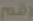
رقم